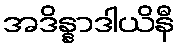
အဒိန္နာဒါယိနီ